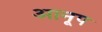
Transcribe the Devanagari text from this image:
आनूप